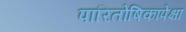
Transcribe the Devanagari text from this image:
पारितोषिकांपेक्षा